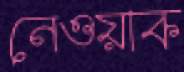
নেওয়াক